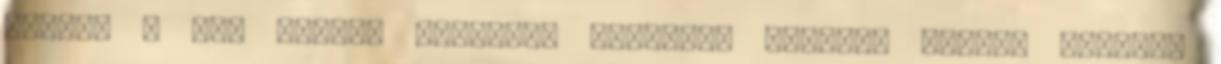
húgát. 4 Ada szülte Ézsaunak Elifázt, Bászmát szülte Reuelt,